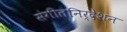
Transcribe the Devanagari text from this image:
संगीतनिर्देशन